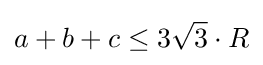
a+b+c\leq 3{\sqrt {3}}\cdot R